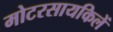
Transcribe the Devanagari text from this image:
मोटरसायकिलें